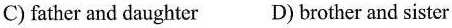
C) father and daughter D) brother and sister